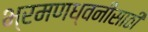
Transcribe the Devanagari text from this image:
भ्रमणध्वनींसाठी